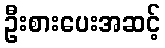
ဦးစားပေးအဆင့်